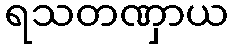
ရသတဏှာယ